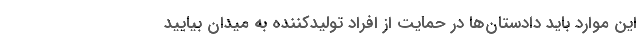
این موارد باید دادستان‌ها در حمایت از افراد تولیدکننده به میدان بیایید